General report no. 6 on the lunatic asylums, vaccination and dispensaries in the Bengal Presidency, 1873 -
Year: 1873
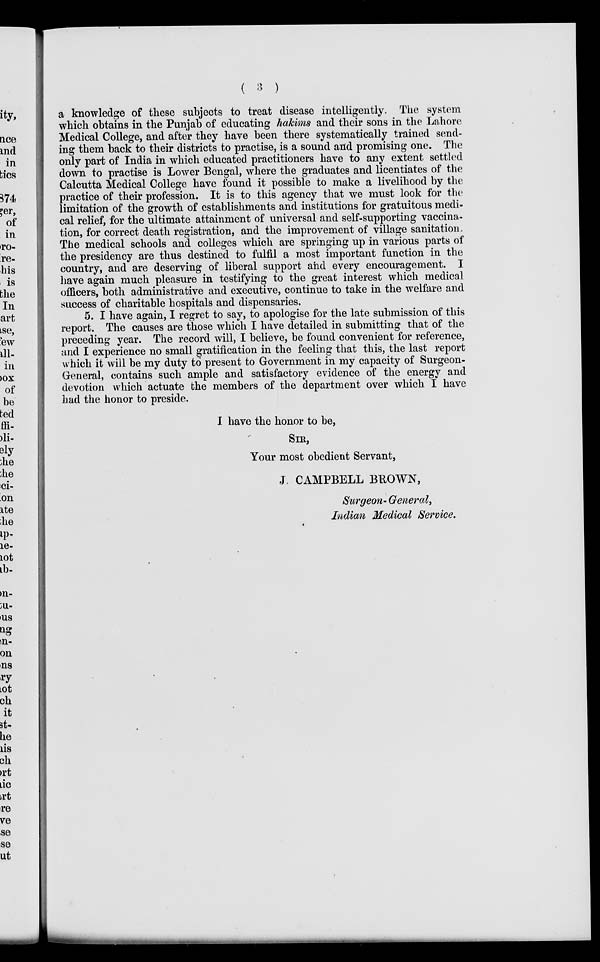
( 3 )
a knowledge of these subjects to treat disease intelligently. The system
which obtains in the Punjab of educating hakims and their sons in the Lahore
Medical College, and after they have been there systematically trained send-
ing them back to their districts to practise, is a sound and promising one. The
only part of India in which educated practitioners have to any extent settled
down to practise is Lower Bengal, where the graduates and licentiates of the
Calcutta Medical College have found it possible to make a livelihood by the
practice of their profession. It is to this agency that we must look for the
limitation of the growth of establishments and institutions for gratuitous medi-
cal relief, for the ultimate attainment of universal and self-supporting vaccina-
tion, for correct death registration, and the improvement of village sanitation.
The medical schools and colleges which are springing up in various parts of
the presidency are thus destined to fulfil a most important function in the
country, and are deserving of liberal support and every encouragement. I
have again much pleasure in testifying to the great interest which medical
officers, both administrative and executive, continue to take in the welfare and
success of charitable hospitals and dispensaries.
5. I have again, I regret to say, to apologise for the late submission of this
report. The causes are those which I have detailed in submitting that of the
preceding year. The record will, I believe, be found convenient for reference,
and I experience no small gratification in the feeling that this, the last report
which it will be my duty to present to Government in my capacity of Surgeon-
General, contains such ample and satisfactory evidence of the energy and
devotion which actuate the members of the department over which I have
had the honor to preside.
I have the honor to be,
SIR,
Your most obedient Servant,
J. CAMPBELL BROWN,
Surgeon- General,
Indian Medical Service.